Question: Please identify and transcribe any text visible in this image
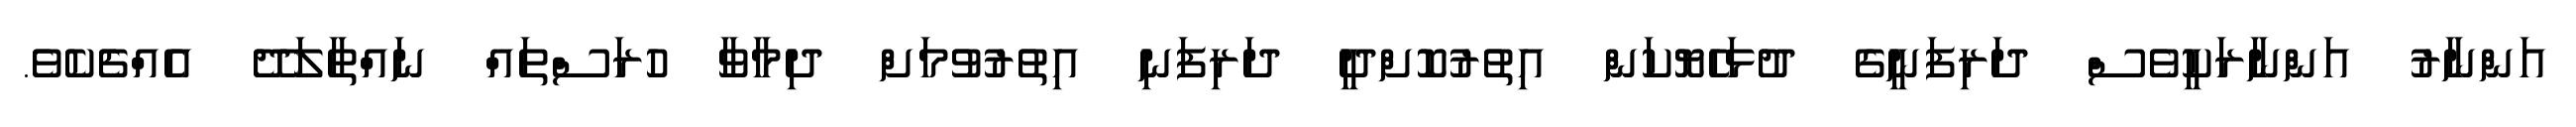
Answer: އަންނާރު އަންނާރަކީވެސް ދަރިފަނީގެ ދުޅަހެޔޮކަން އިތުރުކޮށްދީ ދަރިފަނި އިތުރުވުމަށް ދިމާވާ ހުރަސްތައް ނައްތާލަދޭ އެއްޗެކެވެ.